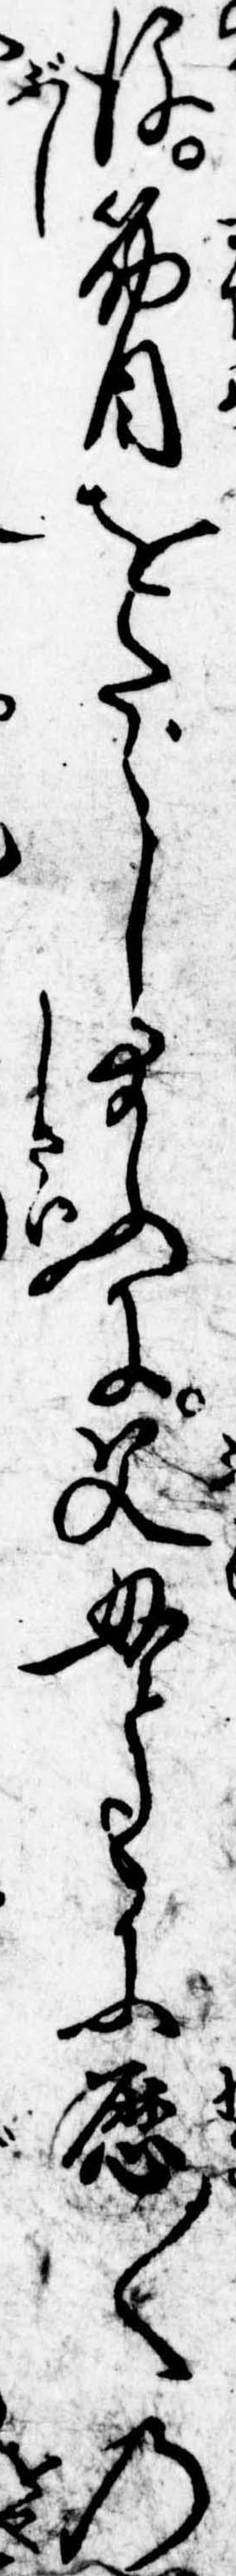
後筋目をたゞし給ふに父母ともに歴〱の